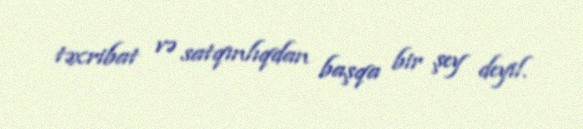
təxribat və satqınlıqdan başqa bir şey deyil.